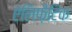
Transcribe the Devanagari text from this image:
ऐलिफ़ैटिक